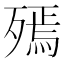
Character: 𣩙